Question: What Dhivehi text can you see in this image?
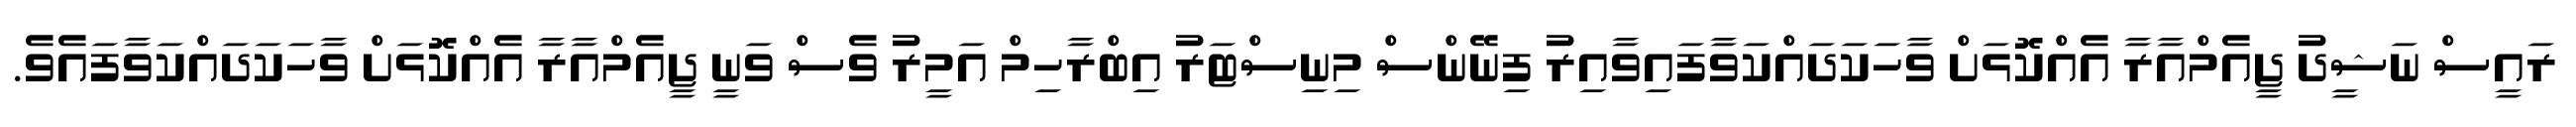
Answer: ރައީސް ނަޝީދު ޖީއެމްއާރާ އެއްކޮޅަށް ވާހަކަދައްކަވާފައިވާއިރު ފިނޭންސް މިނިސްޓަރު އިބްރާހިމް އަމީރު ވެސް ވަނީ ޖީއެމްއާރާ އެއްކޮޅަށް ވާހަކަދައްކަވާފައެވެ.